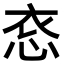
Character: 𪫳